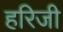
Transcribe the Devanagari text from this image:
हरिजी